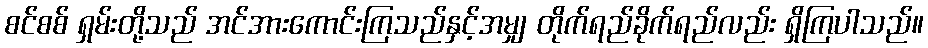
စင်စစ် ရှမ်းတို့သည် အင်အားကောင်းကြသည်နှင့်အမျှ တိုက်ရည်ခိုက်ရည်လည်း ရှိကြပါသည်။